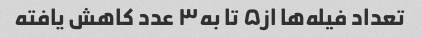
تعداد فیله‌ها از۵ تا به۳ عدد کاهش یافته